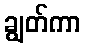
ချွတ်ကာ